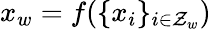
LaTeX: x_{w}=f(\{ x_{i}\} _{i\in\mathcal{Z}_{w}})